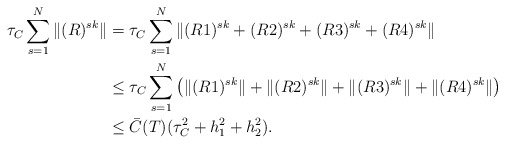
\begin{align*} \tau_C\sum^{N}_{s=1}\|(R)^{sk}\|&= \tau_C\sum^{N}_{s=1}\|(R1)^{sk}+(R2)^{sk}+(R3)^{sk}+(R4)^{sk}\| \\ &\leq \tau_C\sum^{N}_{s=1}\left(\|(R1)^{sk}\|+\|(R2)^{sk}\|+\|(R3)^{sk}\|+\|(R4)^{sk}\|\right)\\ &\leq \bar{C}(T)(\tau_C^2+h_1^2+h_2^2). \end{align*}